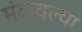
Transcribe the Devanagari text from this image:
मंदावल्या